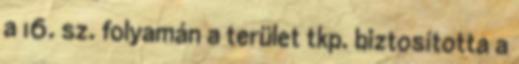
a 16. sz. folyamán a terület tkp. biztosította a